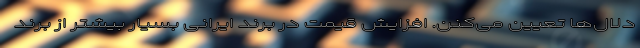
دلال‌ها تعیین می‌کنن. افزایش قیمت در برند ایرانی بسیار بیشتر از برند